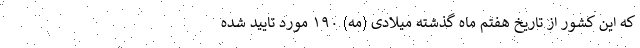
که این کشور از تاریخ هفتم ماه گذشته میلادی (مه) ۱۹۰ مورد تایید شده